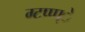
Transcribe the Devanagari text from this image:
ग्टप्प्प्े